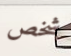
شخص